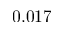
0 . 0 1 7